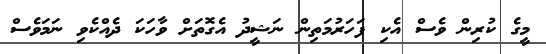
މީގެ ކުރިން ވެސް އެކި ފަހަރުމަތިން ނަޝީދު އެގޮތަށް ވާހަކަ ދެއްކެވި ނަމަވެސް